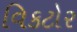
વિકટોર